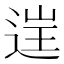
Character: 𨓏